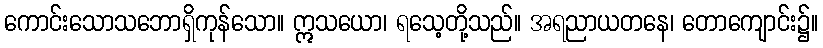
ကောင်းသောသဘောရှိကုန်သော။ ဣသယော၊ ရသေ့တို့သည်။ အရညာယတနေ၊ တောကျောင်း၌။